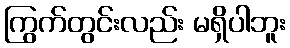
ကြွက်တွင်းလည်း မရှိပါဘူး